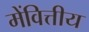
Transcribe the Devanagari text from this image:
मेंवित्तीय